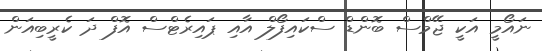
ނައޯމީ އަކީ ޖޭމްސް ބޮންޑް ސްކައިފޯލް އާއި ޕައިރެޓްސް އޮފް ދަ ކެރީބިއަން